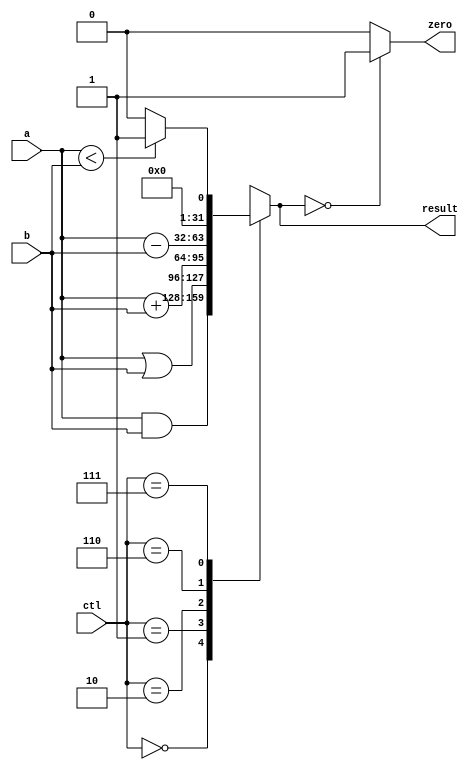
//-----------------------------------------------------------------------------
// Title         : ALU Behavioral Model
// Project       : Computer Organization
//-----------------------------------------------------------------------------
//-----------------------------------------------------------------------------
// Description :
//   Behavioral model of the ALU used in the implementations of the MIPS processor
//   subset described in Ch. 5-6 of "Computer Organization and Design, 3rd ed."
//   by David Patterson & John Hennessey, Morgan Kaufmann, 2004 (COD3e).  
//
//   It implements the function specified on p. 301 of COD3e.
//
//-----------------------------------------------------------------------------

module alu(ctl, a, b, result, zero);
  input [2:0] ctl;
  input [31:0] a, b;
  output [31:0] result;
  output zero;

  reg [31:0] result;
  reg zero;

  always @(a or b or ctl)
  begin
    case (ctl)
      3'b000 : result = a & b; // AND
      3'b001 : result = a | b; // OR
      3'b010 : result = a + b; // ADD
      3'b110 : result = a - b; // SUBTRACT
      3'b111 : if (a < b) result = 32'd1; 
               else result = 32'd0; //SLT      
      default : result = 32'hxxxxxxxx;
   endcase
   if (result == 32'd0) zero = 1;
   else zero = 0;
 end
endmodule